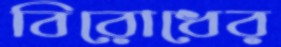
বিরোধের